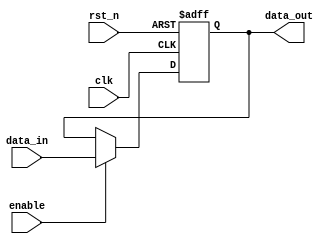
module output_register #(
    parameter WIDTH = 8  // Parameter for the width of the register
)(
    input wire clk,            // Clock input
    input wire rst_n,         // Asynchronous active-low reset
    input wire enable,        // Enable input
    input wire [WIDTH-1:0] data_in, // Data input
    output reg [WIDTH-1:0] data_out // Data output
);

// Always block triggered on the clock's rising edge or reset
always @(posedge clk or negedge rst_n) begin
    if (!rst_n) begin
        // Asynchronous reset
        data_out <= {WIDTH{1'b0}}; // Reset output to 0
    end else if (enable) begin
        // Latch data on clock edge if enabled
        data_out <= data_in;
    end
    // If not enabled, data_out retains its previous value
end

endmodule